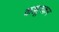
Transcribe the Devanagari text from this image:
कल्लूरकर